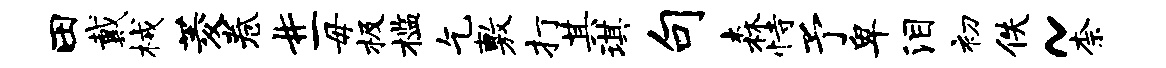
田戴械菱卷#一毋极槛乞敷打其琪句森恃予卑泪初佚~柰